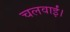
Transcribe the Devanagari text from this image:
चलवाईं।